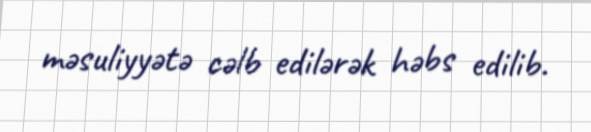
məsuliyyətə cəlb edilərək həbs edilib.